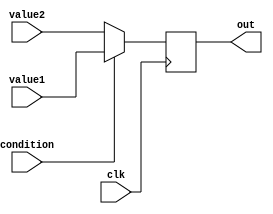
module ConditionalOperatorAssignment (
    input wire clk,           // Clock input for synchronous operation
    input wire condition,     // Condition input (boolean)
    input wire [7:0] value1,  // First input value (8-bit)
    input wire [7:0] value2,  // Second input value (8-bit)
    output reg [7:0] out      // Output value (8-bit)
);

// Always block triggered on the rising edge of the clock
always @(posedge clk) begin
    // Conditional assignment using the ternary operator
    out <= (condition) ? value1 : value2;
end

endmodule